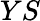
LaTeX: YS